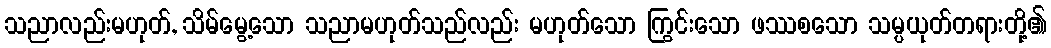
သညာလည်းမဟုတ်, သိမ်မွေ့သော သညာမဟုတ်သည်လည်း မဟုတ်သော ကြွင်းသော ဖဿစသော သမ္ပယုတ်တရားတို့၏